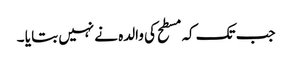
جب تک کہ مسطح کی والدہ نے نہیں بتا یا ۔